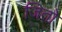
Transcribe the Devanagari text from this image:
जितो